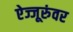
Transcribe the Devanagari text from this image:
ऐज्जूरुंवर